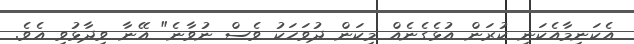
އެކަނިމާއެކަނި ކުރަން އުޅެގެނެއް މިކަން ދުވަހަކު ވެސް ނުވާނެ" އޭނާ ވިދާޅުވި އެވެ.